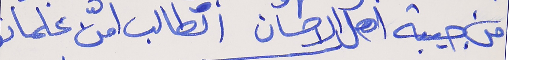
من جيبة اهل الاحسان      الطالب امّن علماتو